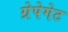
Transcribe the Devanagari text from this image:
ग्रेपेगेट